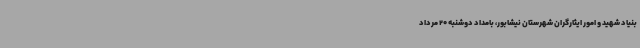
بنیاد شهید و امور ایثارگران شهرستان نیشابور، بامداد دوشنبه 20 مرداد